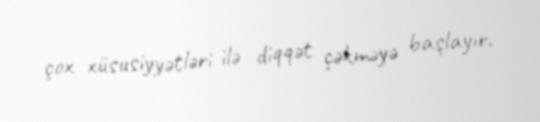
çox xüsusiyyətləri ilə diqqət çəkməyə başlayır.